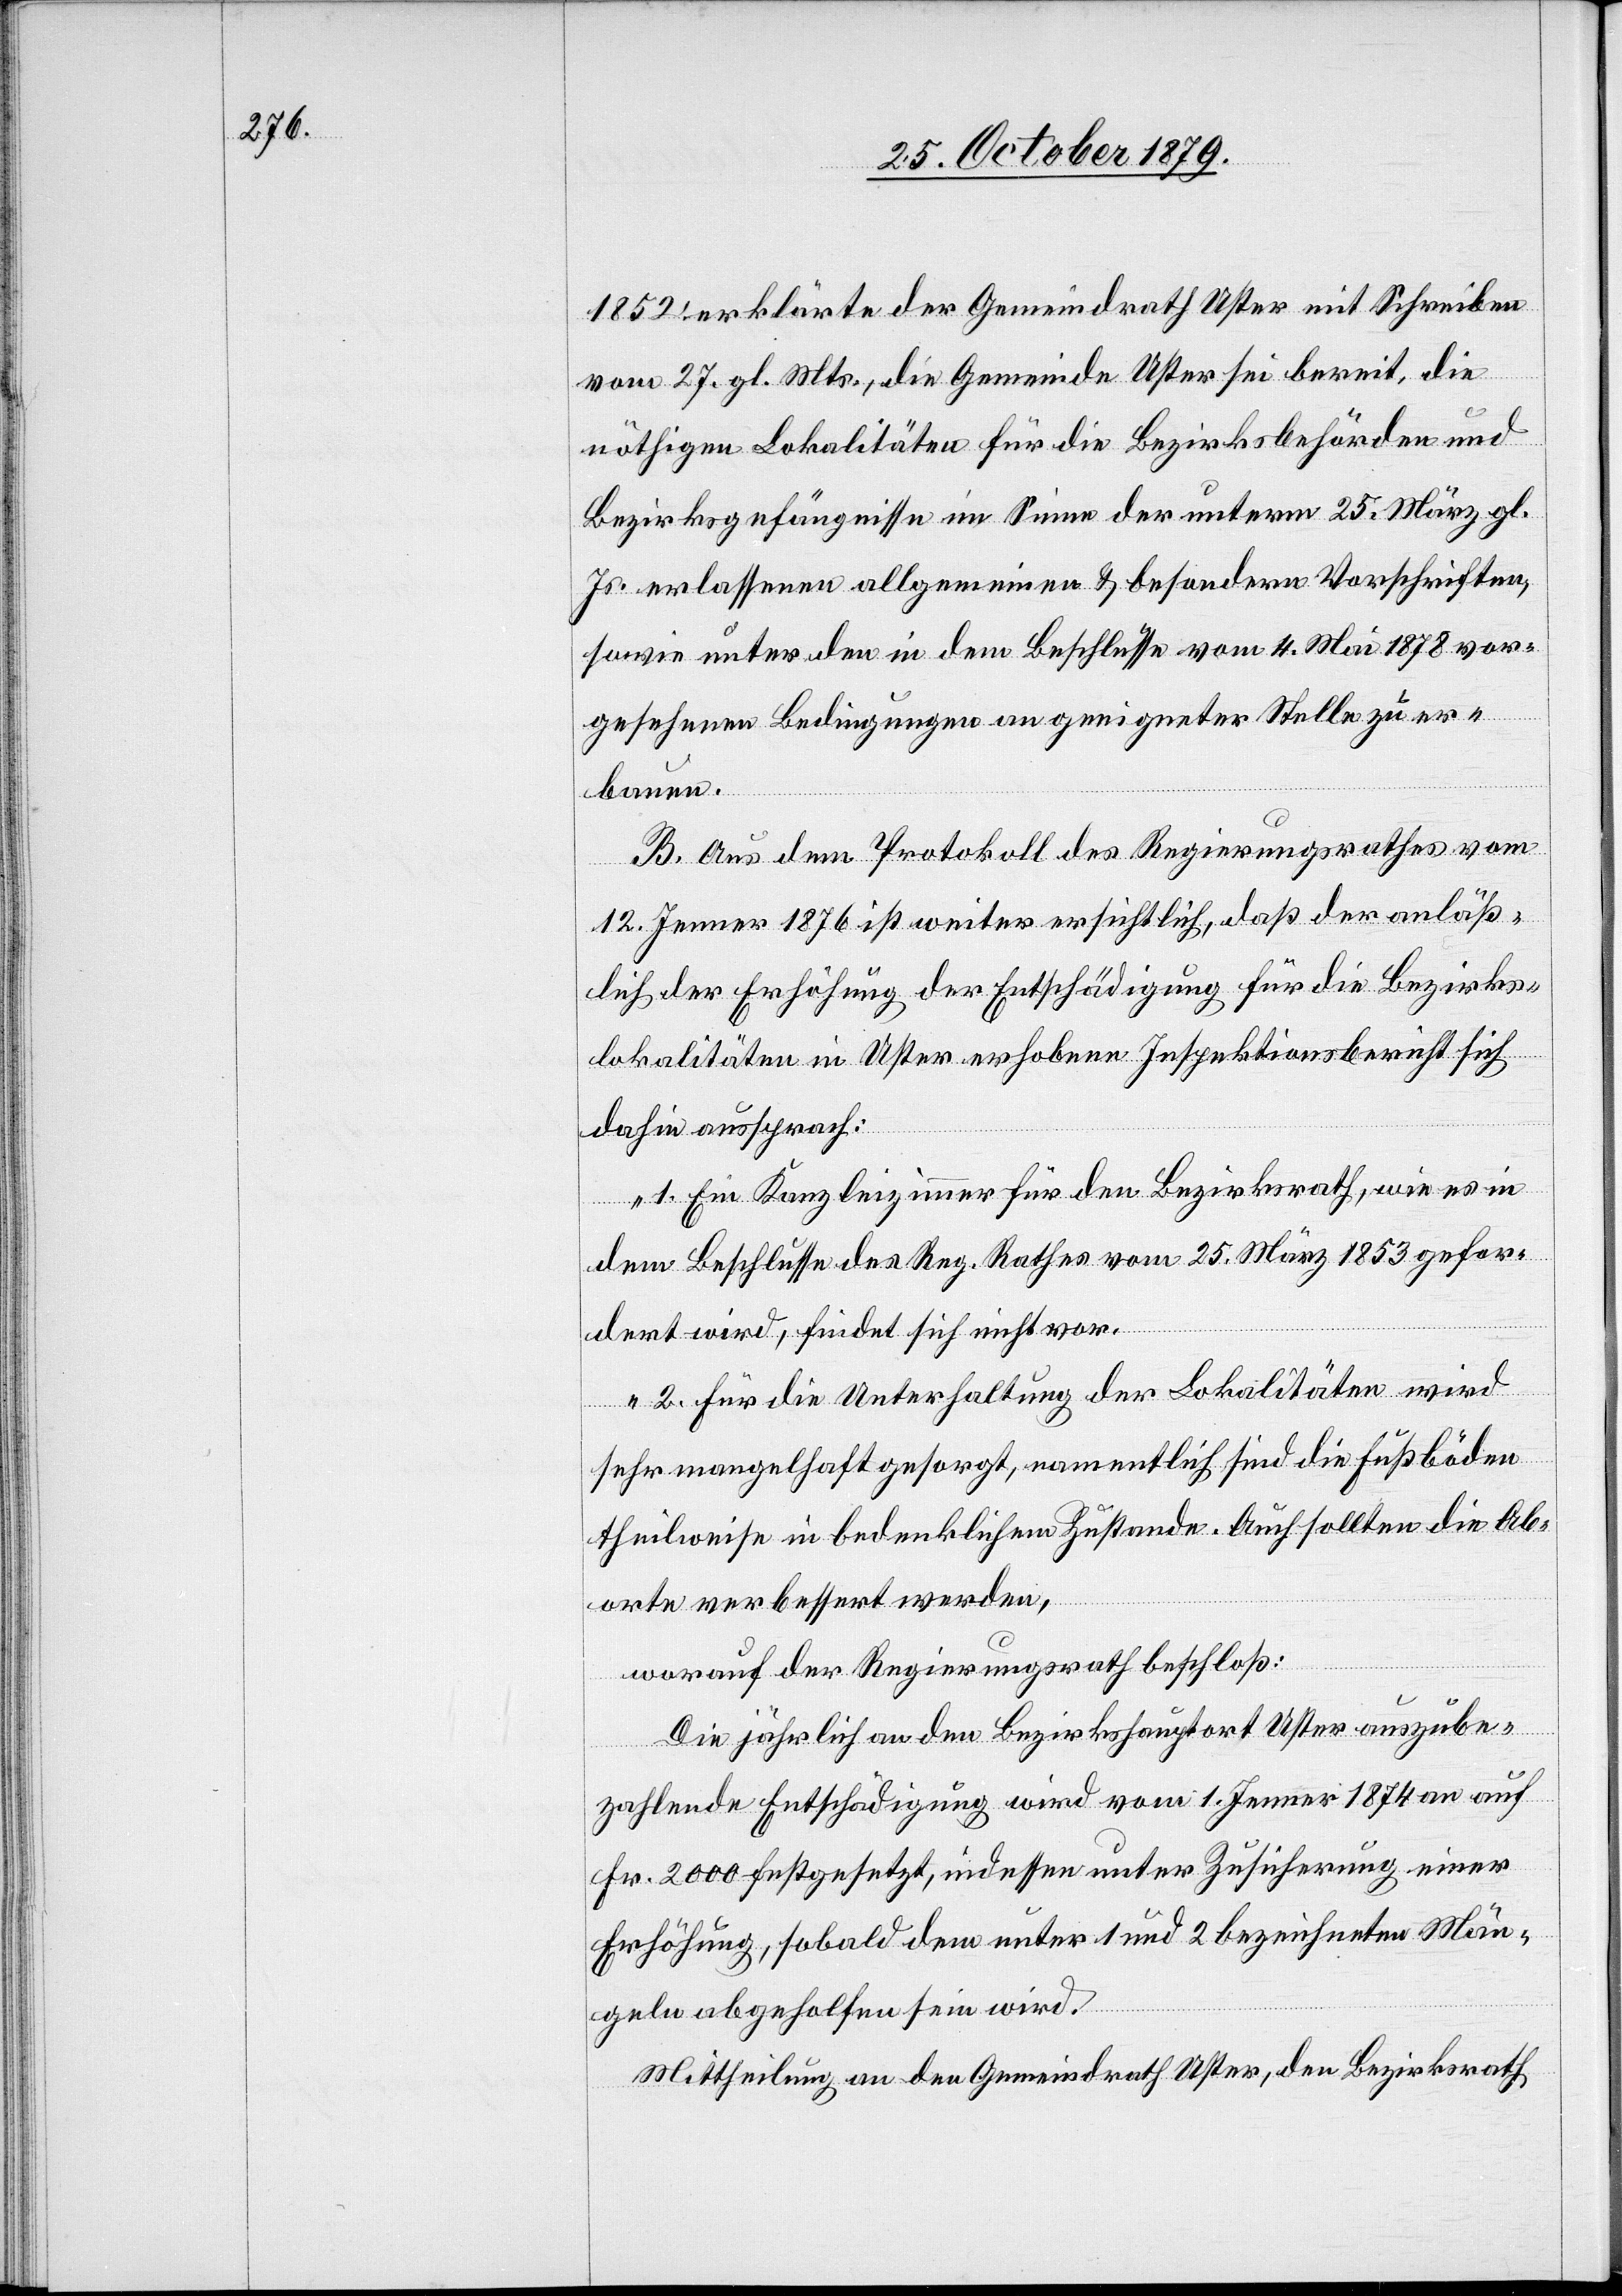
1852 erklärte der Gemeindrath Uster mit Schreiben
vom 27. gl. Mts., die Gemeinde Uster sei bereit, die
nöthigen Lokalitäten für die Bezirksbehörden und
Bezirksgefängnisse im Sinne der unterm 25. März gl.
Js. erlassenen allgemeinen & besondern Vorschriften,
sowie unter den in dem Beschlusse vom 4. Mai 1878 vor¬
gesehenen Bedingungen an geeigneter Stelle zu er¬
bauen.
B. Aus dem Protokoll des Regierunsgrathes vom
12. Jenner 1876 ist weiter ersichtlich, daß der anläß¬
lich der Erhöhung der Entschädigung für die Bezirks¬
lokalitäten in Uster erhobene Inspektionsbericht sich
dahin aussprach:
1. Ein Kanzleizimmer für den Bezirksrath, wie es in
dem Beschlusse des Reg. Rathes vom 25. März 1853 gefor¬
dert wird, findet sich nicht vor.
2. Für die Unterhaltung der Lokalitäten wird
sehr mangelhaft gesorgt, namentlich sind die Fußböden
theilweise in bedenklichem Zustande. Auch sollten die Ab¬
orte verbessert werden,
worauf der Regierungsrath beschloß:
Die jährlich an den Bezirkshauptort Uster auszube¬
zahlende Entschädigung wird vom 1. Jenner 1874 an auf
Fr. 2000 festgesetzt, indessen unter Zusicherung einer
Erhöhung, sobald den unter 1 und 2 bezeichneten Män¬
geln abgeholfen sein wird.
Mittheilung an den Gemeindrath Uster, den Bezirksrath